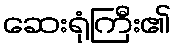
ဆေးရုံကြီး၏